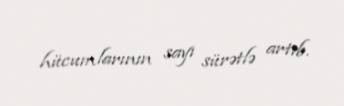
hücumlarının sayı sürətlə artıb.